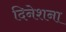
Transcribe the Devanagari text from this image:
दिनेशना